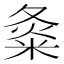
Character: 𡕝